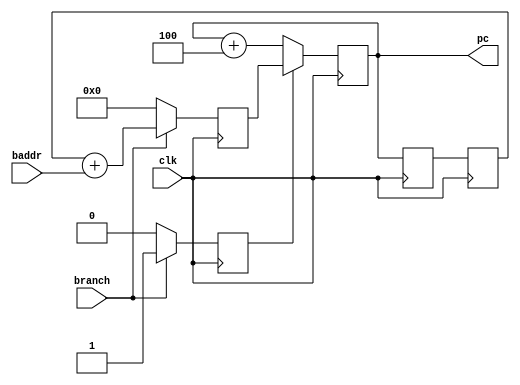
module pc(
		input				clk,
		output		[31:0]	pc,
		input				branch,
		input		[31:0]	baddr);  // branch address (relative)

	reg 	branch3 = 1'b0;
	reg	[31:0]	pc0 = 32'd0;
	reg	[31:0]	pc1 = 32'd0;
	reg	[31:0]	pc2 = 32'd0;
	reg	[31:0]	pc3 = 32'd0;

	assign pc = pc0;

	always @(posedge clk) begin

		if (branch3)
			pc0 <= pc3;		// stage 3 said to branch
		else
			pc0 <= pc0 + 4;	// normal increment

		// propagate pc through stage 1 and 2
		pc1 <= pc0;
		pc2 <= pc1;

		// default
		pc3		<= 32'd0;	// don't care
		branch3 <= 1'b0;  	// don't branch

		if (branch) begin
			pc3 <= pc2 + baddr;
			branch3 <= 1'b1;  // branch on the next stage
		end
	end

endmodule